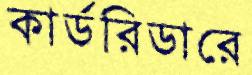
কার্ডরিডারে